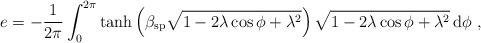
LaTeX: \begin{align*}e=-\frac{1}{2\pi}\int_0^{2\pi}\tanh \left (\beta_{\mathrm{sp}} \sqrt{1-2\lambda \cos \phi +\lambda^2} \right ) \sqrt{1-2\lambda \cos \phi +\lambda^2}\, \mathrm{d}\phi\ ,\end{align*}